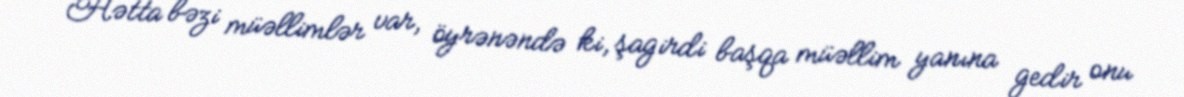
Hətta bəzi müəllimlər var, öyrənəndə ki, şagirdi başqa müəllim yanına gedir onu